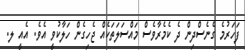
ފަހަރުމެ ގެނެސްދިން ދެ ކެމެރާވެސް މައްސަލަތަކެއް ޖެހިގެން ހަލާކުވީ އެވެ. އެއީ ލ.